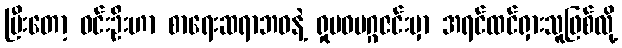
ပြီးတော့ ဝင်းဦးဟာ စာရေးဆရာဘဝနဲ့ ရှုမဝမဂ္ဂဇင်းမှာ အရင်ထင်ရှားသူဖြစ်လို့